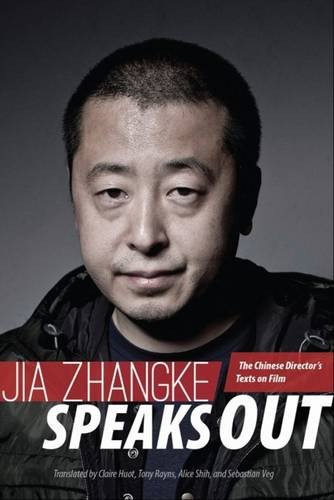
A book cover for Jia Zhangke Speaks Out: The Chinese Director's Texts on Film; Jia Zhangke; Humor & Entertainment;